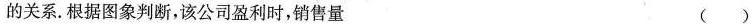
的关系。根据图象判断，该公司盈利时，销售量 ( )